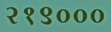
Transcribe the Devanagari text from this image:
२१९०००